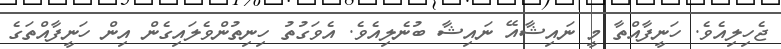
ޖެހިލިއެވެ. ހަނީފާއްތާ މީ ނައިޝާއޭ ނައިޝާ ބުނެލިއެވެ. އެވަގުތު ހިނިތުންވެލައިގެން އިން ހަނީފާއްތަގެ